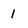
Character: 1